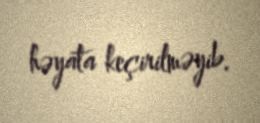
həyata keçirilməyib.